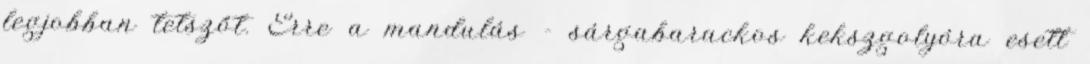
legjobban tetszőt. Erre a mandulás - sárgabarackos kekszgolyóra esett